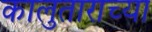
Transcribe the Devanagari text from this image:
कालुताराच्या